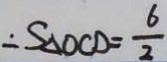
\therefore S _ { \Delta O C D } = \frac { 6 } { 2 }